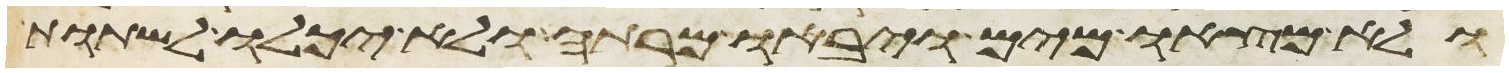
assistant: ולא מצאו מים ויבאו מרתה ולא יכלו לשתות